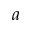
a